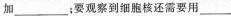
加___；要观察到细胞核还需要用___